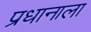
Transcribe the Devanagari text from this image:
प्रधानाला